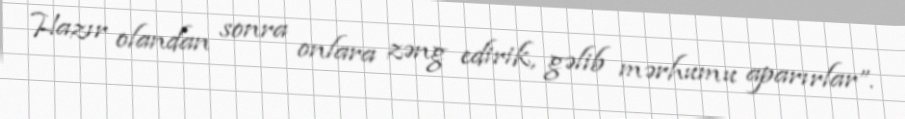
Hazır olandan sonra onlara zəng edirik, gəlib mərhumu aparırlar”.